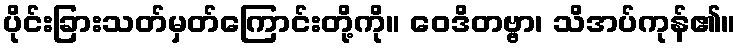
ပိုင်းခြားသတ်မှတ်ကြောင်းတို့ကို။ ဝေဒိတဗ္ဗာ၊ သိအပ်ကုန်၏။